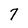
Character: 7